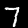
Digit: 7